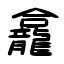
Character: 龕